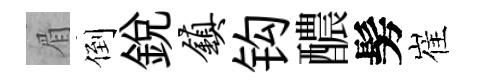
眉倒銳镇钩醲髣崔